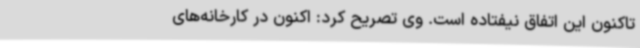
تاکنون این اتفاق نیفتاده است. وی تصریح کرد: اکنون در کارخانه‌های